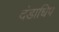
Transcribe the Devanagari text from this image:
दंडाधिप